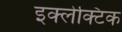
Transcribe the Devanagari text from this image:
इक्लेक्टिक